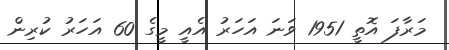
މަރާފަ އޮތީ 1951 ވަނަ އަހަރު އެއީ މީގެ 60 އަހަރު ކުރިން